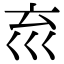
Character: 𡿮